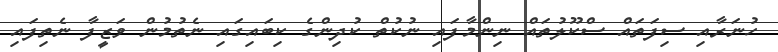
ހުނަރާއި ސިފަތައް ސްކޫލުތައް ނިންމާފައި ނުކުތް ކުދިންގެ ކިބައިގައި ނެތުމުން ވަޒީފާ ނެތިފައި